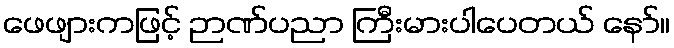
ဖေဖျားကဖြင့် ဉာဏ်ပညာ ကြီးမားပါပေတယ် နော်။